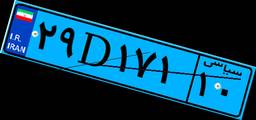
۰۱D۹۷۸۴۵